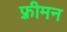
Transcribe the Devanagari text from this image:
फ़्रीमन